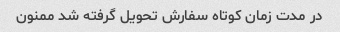
در مدت زمان کوتاه سفارش تحویل گرفته شد ممنون